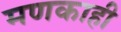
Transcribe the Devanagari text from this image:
मणकाही